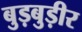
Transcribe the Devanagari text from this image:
बुड़बुड़ीर